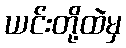
ယင်းတို့ထဲမှ